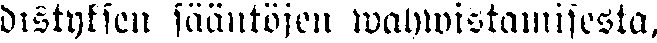
distyksen sääntöjen wahwistamisessta,